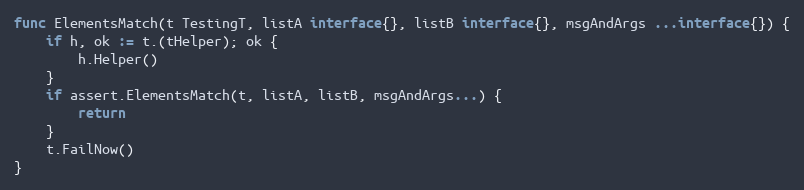
Language: Go
func ElementsMatch(t TestingT, listA interface{}, listB interface{}, msgAndArgs ...interface{}) {
	if h, ok := t.(tHelper); ok {
		h.Helper()
	}
	if assert.ElementsMatch(t, listA, listB, msgAndArgs...) {
		return
	}
	t.FailNow()
}